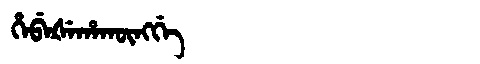
Manchu: ᡥᡝᠪᡝᡧᡝᡥᠠᡴᡡᠩᡤᡝ
Romanization: HEBEŠEHAKŪNGGE